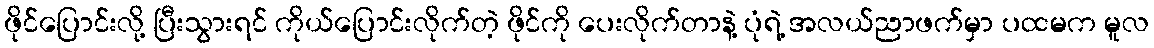
ဖိုင်ပြောင်းလို့ ပြီးသွားရင် ကိုယ်ပြောင်းလိုက်တဲ့ ဖိုင်ကို ပေးလိုက်တာနဲ့ ပုံရဲ့ အလယ်ညာဖက်မှာ ပထမက မူလ